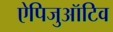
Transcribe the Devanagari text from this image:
ऐपिजुऑटिव